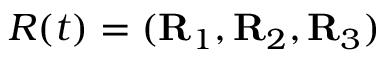
R ( t ) = ( { \bf R } _ { 1 } , { \bf R } _ { 2 } , { \bf R } _ { 3 } )